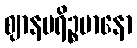
ဈာနမရိဉ္စမာနော